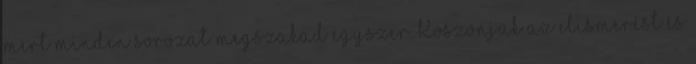
mert minden sorozat megszakad egyszer. Köszönjük az elismerést és